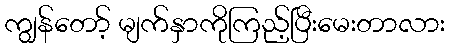
ကျွန်တော့် မျက်နှာကိုကြည့်ပြီးမေးတာလား